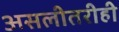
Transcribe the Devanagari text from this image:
असलीतरीही